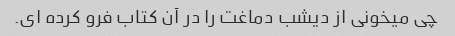
چی میخونی از دیشب دماغت را در آن کتاب فرو کرده ای.